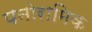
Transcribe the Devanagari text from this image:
पनोरामिक